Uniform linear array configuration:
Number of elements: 8
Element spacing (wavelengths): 1
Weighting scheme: exponential
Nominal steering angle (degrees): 0
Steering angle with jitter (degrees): -1.461
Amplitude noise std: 0.05
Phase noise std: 0.05

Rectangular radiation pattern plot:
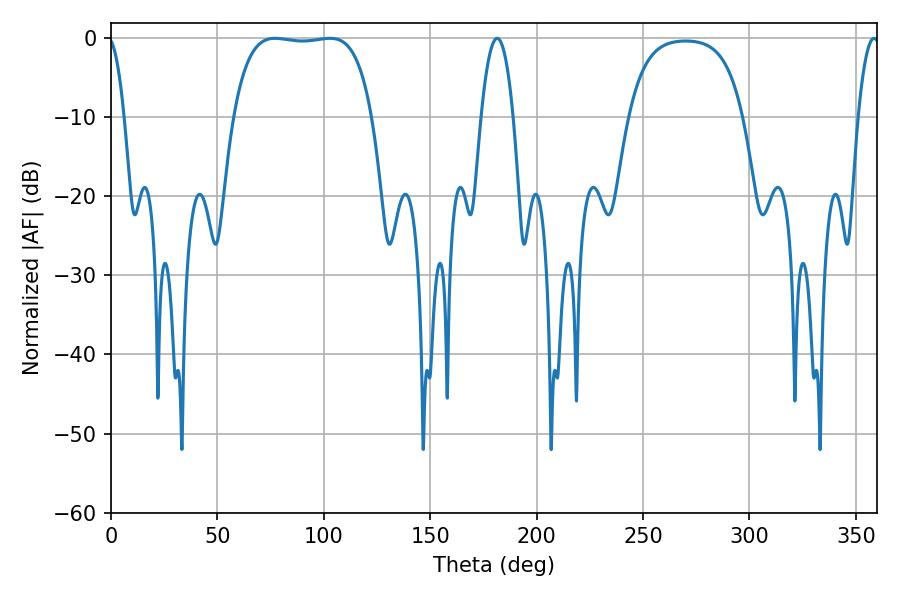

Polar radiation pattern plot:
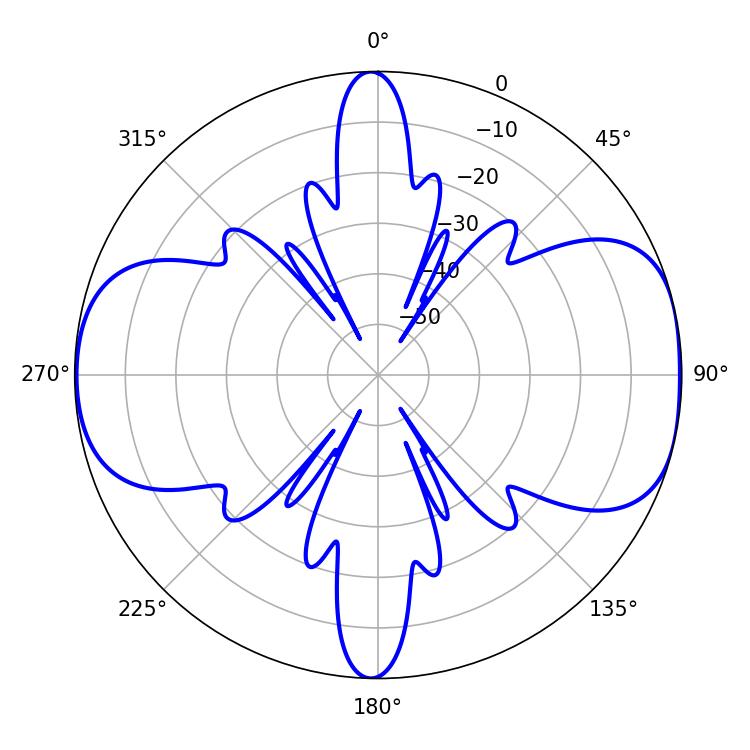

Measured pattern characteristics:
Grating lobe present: TRUE
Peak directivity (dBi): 8.936
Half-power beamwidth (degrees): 51.48
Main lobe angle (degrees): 77.04